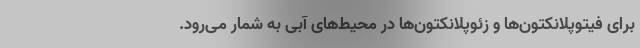
برای فیتوپلانکتون‌ها و زئوپلانکتون‌ها در محیط‌های آبی به شمار می‌رود.